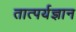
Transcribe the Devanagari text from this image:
तात्पर्यज्ञान